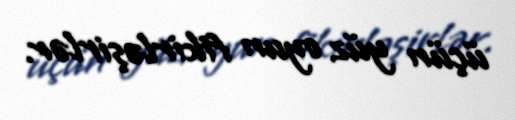
üçün yüz oyun fikirləşirlər.